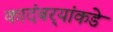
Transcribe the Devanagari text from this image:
कादंबर्‍यांकडे